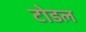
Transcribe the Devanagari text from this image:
टोडल